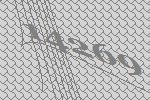
14269